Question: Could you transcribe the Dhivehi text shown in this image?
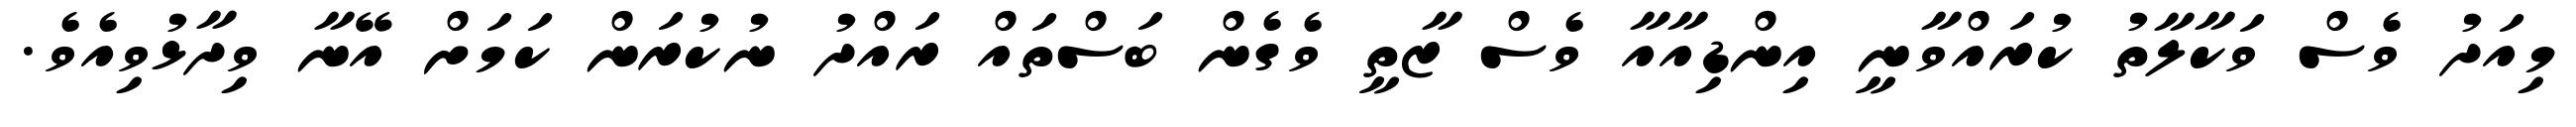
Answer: މިއަދު ވެސް ވަކާލާތު ކުރައްވާނީ އިންޑިއާއާ ވެސް ޒާތީ ވެގެން ބަސްތައް ރައްދު ނުކުރަން ކަމަށް އޭނާ ވިދާޅުވިއެވެ.